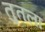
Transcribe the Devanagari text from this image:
तुतला